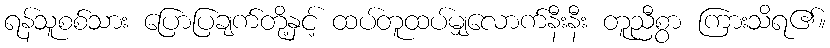
ရန်သူစစ်သား ပြောပြချက်တို့နှင့် ထပ်တူထပ်မျှလောက်နီးနီး တူညီစွာ ကြားသိရ၏။